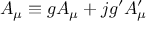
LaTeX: { \cal A } _ { \mu } \equiv g A _ { \mu } + j g ^ { \prime } A _ { \mu } ^ { \prime }